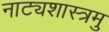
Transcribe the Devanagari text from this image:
नाट्यशास्त्रमु